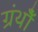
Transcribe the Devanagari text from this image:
ग्रंथोँ